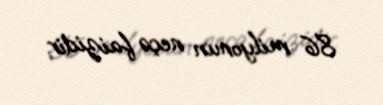
86 milyonun neçə faizidir.